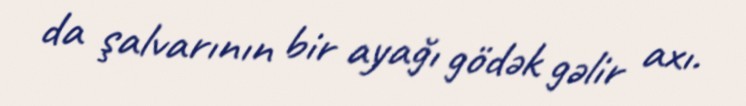
da şalvarının bir ayağı gödək gəlir axı.